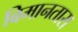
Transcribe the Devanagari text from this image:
बिमानतारा